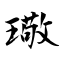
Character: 璥